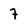
Character: 7